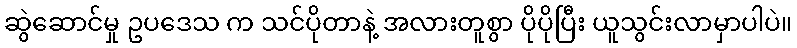
ဆွဲဆောင်မှု ဥပဒေသ က သင်ပိုတာနဲ့ အလားတူစွာ ပိုပိုပြီး ယူသွင်းလာမှာပါပဲ။